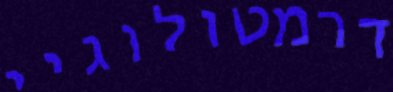
דרמטולוגיי